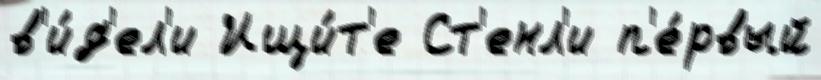
в'и́д'ел'и Ищи́т'е Ст'енл'и п'е́рвый